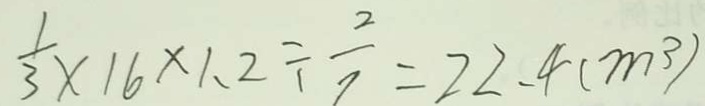
\frac { 1 } { 3 } \times 1 6 \times 1 . 2 \div \frac { 2 } { 7 } = 2 2 . 4 ( m ^ { 3 } )